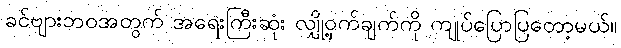
ခင်ဗျားဘဝအတွက် အရေးကြီးဆုံး လျှို့ဝှက်ချက်ကို ကျုပ်ပြောပြတော့မယ်။